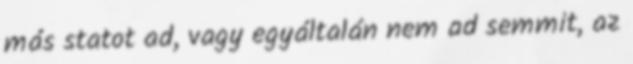
más statot ad, vagy egyáltalán nem ad semmit, az